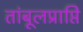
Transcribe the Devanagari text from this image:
तांबूलप्राप्ति